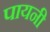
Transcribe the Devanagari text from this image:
पायनी